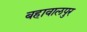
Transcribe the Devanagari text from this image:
बहावालपुर